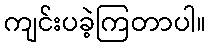
ကျင်းပခဲ့ကြတာပါ။